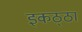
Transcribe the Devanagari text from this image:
इकठ्‍ठा